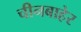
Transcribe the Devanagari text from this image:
चीनबाहेर